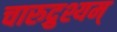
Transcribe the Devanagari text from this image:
चारुद्रुश्यम्